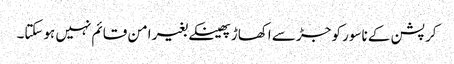
کرپشن کے ناسور کو جڑ سے اکھاڑ پھینکے بغیر امن قائم نہیں ہوسکتا۔